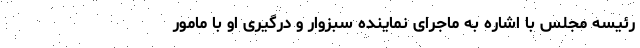
رئیسه مجلس با اشاره به ماجرای نماینده سبزوار و درگیری او با مامور